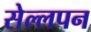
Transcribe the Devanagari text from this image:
सेल्लपन